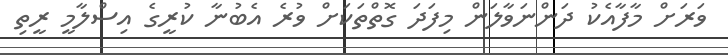
ވަރަށް މާފާއެކު ދަންނަވާލަން މިފަދަ ގޮތްތަކަށް ވުރެ އެބުނާ ކުރީގެ އިސްލާމީ ރީތި